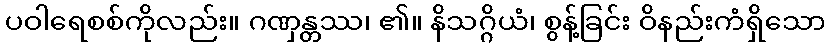
ပဝါရေစစ်ကိုလည်း။ ဂဏှန္တဿ၊ ၏။ နိသဂ္ဂိယံ၊ စွန့်ခြင်း ဝိနည်းကံရှိသော